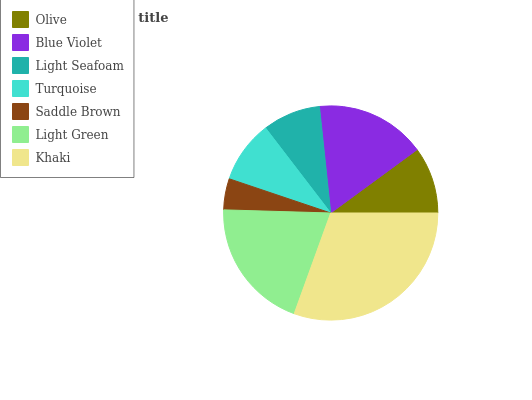
| Olive | Blue Violet | Light Seafoam | Turquoise | Saddle Brown | Light Green | Khaki |
 | --- | --- | --- | --- | --- | --- | --- |
 | 10.1% | 16.6% | 8.74% | 9.43% | 4.71% | 19.9% | 30.6% |